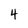
Character: 4